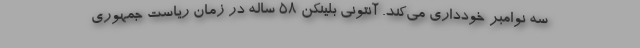
سه نوامبر خودداری می‌کند. آنتونی بلینکن ۵۸ ساله در زمان ریاست جمهوری